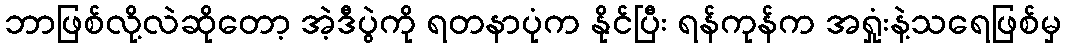
ဘာဖြစ်လို့လဲဆိုတော့ အဲ့ဒီပွဲကို ရတနာပုံက နိုင်ပြီး ရန်ကုန်က အရှုံးနဲ့သရေဖြစ်မှ